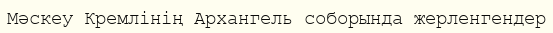
Мәскеу Кремлінің Архангель соборында жерленгендер